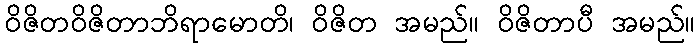
ဝိဇိတဝိဇိတာဘိရာမောတိ၊ ဝိဇိတ အမည်။ ဝိဇိတာပီ အမည်။